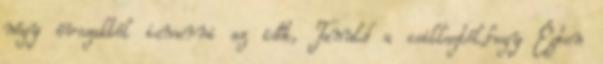
négy évszaktól ismerni az időt, Tanuld a csillagtól,hogy Égben